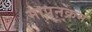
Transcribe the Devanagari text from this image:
मापनक्रम